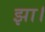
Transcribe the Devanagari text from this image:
झा।